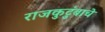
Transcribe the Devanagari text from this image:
राजकुटुंबाचे